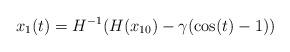
LaTeX: \begin{align*}x_1(t) = H^{-1}(H(x_{10}) -\gamma (\cos(t)-1) )\end{align*}